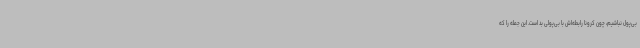
بی‌پول نباشیم، چون کرونا رابطه‌اش با بی‌پولی بد است. این جمله را که‌